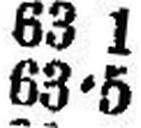
63•5